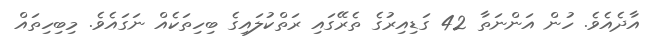
އާދެއެވެ. ހުން އަންނަތާ 42 ގަޑިއިރުގެ ތެރޭގައި ރަތްކުލައިގެ ބިހިތަކެއް ނަގައެވެ. މިބިހިތައް